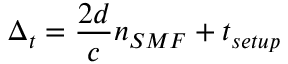
\centering \Delta _ { t } = \frac { 2 d } { c } { n _ { S M F } } + t _ { s e t u p }